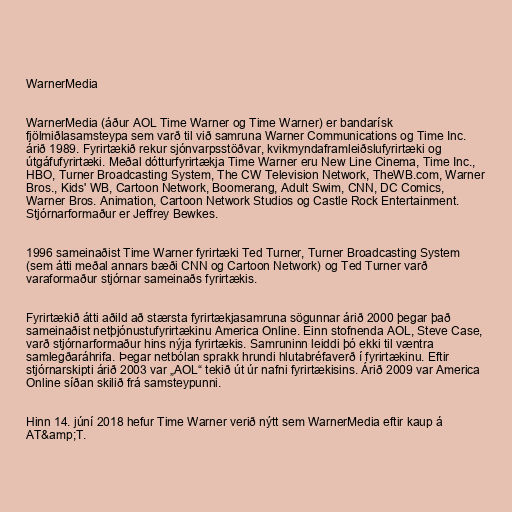
WarnerMedia

WarnerMedia (áður AOL Time Warner og Time Warner) er bandarísk
fjölmiðlasamsteypa sem varð til við samruna Warner Communications og Time Inc.
árið 1989. Fyrirtækið rekur sjónvarpsstöðvar, kvikmyndaframleiðslufyrirtæki og
útgáfufyrirtæki. Meðal dótturfyrirtækja Time Warner eru New Line Cinema, Time Inc.,
HBO, Turner Broadcasting System, The CW Television Network, TheWB.com, Warner
Bros., Kids' WB, Cartoon Network, Boomerang, Adult Swim, CNN, DC Comics,
Warner Bros. Animation, Cartoon Network Studios og Castle Rock Entertainment.
Stjórnarformaður er Jeffrey Bewkes.

1996 sameinaðist Time Warner fyrirtæki Ted Turner, Turner Broadcasting System
(sem átti meðal annars bæði CNN og Cartoon Network) og Ted Turner varð
varaformaður stjórnar sameinaðs fyrirtækis.

Fyrirtækið átti aðild að stærsta fyrirtækjasamruna sögunnar árið 2000 þegar það
sameinaðist netþjónustufyrirtækinu America Online. Einn stofnenda AOL, Steve Case,
varð stjórnarformaður hins nýja fyrirtækis. Samruninn leiddi þó ekki til væntra
samlegðaráhrifa. Þegar netbólan sprakk hrundi hlutabréfaverð í fyrirtækinu. Eftir
stjórnarskipti árið 2003 var „AOL“ tekið út úr nafni fyrirtækisins. Árið 2009 var America
Online síðan skilið frá samsteypunni.

Hinn 14. júní 2018 hefur Time Warner verið nýtt sem WarnerMedia eftir kaup á
AT&amp;T.